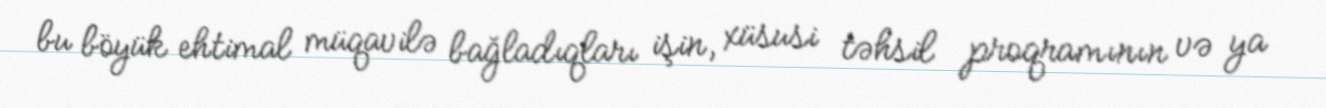
bu böyük ehtimal müqavilə bağladıqları işin, xüsusi təhsil proqramının və ya